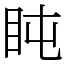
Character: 盹